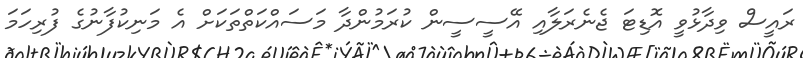
ރައީސް ވިދާޅުވީ އޮޑިޓަ ޖެނެރަލާއި އޭސީސީން ކުރަމުންދާ މަސައްކަތްތަކަށް އެ މަނިކުފާނުގެ ފުރިހަމަ